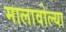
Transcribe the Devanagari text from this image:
मालावोल्या